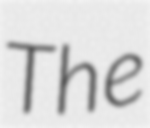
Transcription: The